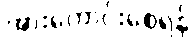
အားကောင်းစေရန်